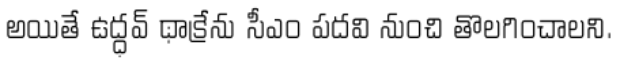
అయితే ఉద్ధవ్ థాక్రేను సీఎం పదవి నుంచి తొలగించాలని.